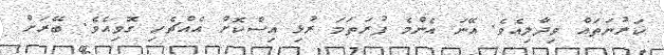
ކަރުނަތައް ވިދާލިއެވެ. އޭނަ އެންމެ ފުރަތަމަ ރުޅި އިސްކޮށް އެއްޗެހި ގޮވިއެވެ. ބޭރަށް